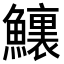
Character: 𩼆